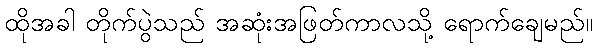
ထိုအခါ တိုက်ပွဲသည် အဆုံးအဖြတ်ကာလသို့ ရောက်ချေမည်။